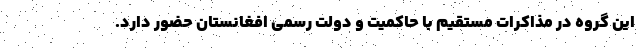
این گروه در مذاکرات مستقیم با حاکمیت و دولت رسمی افغانستان حضور دارد.